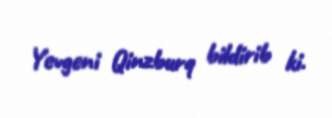
Yevgeni Qinzburq bildirib ki.